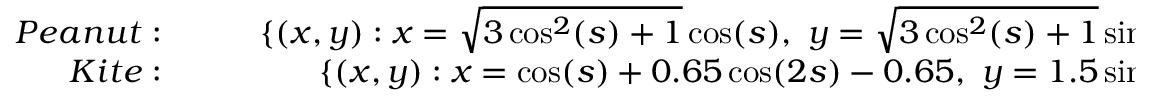
\begin{array} { r l r } { { P e a n u t : } } & { { } \quad } & { \{ ( x , y ) : x = \sqrt { 3 \cos ^ { 2 } ( s ) + 1 } \cos ( s ) , \ y = \sqrt { 3 \cos ^ { 2 } ( s ) + 1 } \sin ( s ) , \ 0 \le s \le 2 \pi \} , } \\ { { K i t e : } } & { { } \quad } & { \{ ( x , y ) : x = \cos ( s ) + 0 . 6 5 \cos ( 2 s ) - 0 . 6 5 , \ y = 1 . 5 \sin ( s ) , \ 0 \le s \le 2 \pi \} . } \end{array}